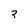
Character: 2